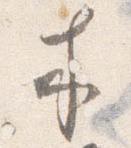
木